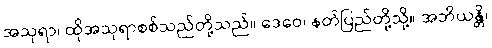
အသုရာ၊ ထိုအသုရာစစ်သည်တို့သည်။ ဒေဝေ၊ နတ်ပြည်တို့သို့။ အဘိယန္တိ၊